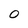
Character: O